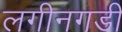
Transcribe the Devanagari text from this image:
लगीनगडी